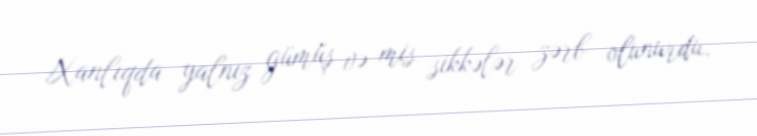
Xanlıqda yalnız gümüş və mis sikkələr zərb olunurdu.